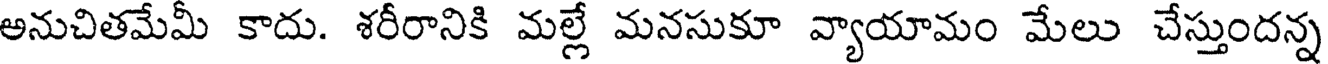
అనుచితమేమీ కాదు. శరీరానికి మల్లే మనసుకూ వ్యాయామం మేలు చేస్తుందన్న